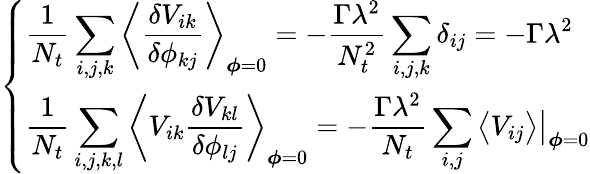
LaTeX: \left\{ \begin{array}{l}{\displaystyle\frac{1}{N_{t}}\sum_{i,j,k}\left\langle\frac{\delta V_{ik}}{\delta\phi_{kj}}\right\rangle_{\boldsymbol{\phi}=0}=-\frac{\Gamma\lambda^{2}}{N_{t}^{2}}\sum_{i,j,k}\delta_{ij}=-\Gamma\lambda^{2}}\\ {\displaystyle\frac{1}{N_{t}}\sum_{i,j,k,l}\left\langle V_{ik}\frac{\delta V_{kl}}{\delta\phi_{lj}}\right\rangle_{\boldsymbol{\phi}=0}=-\frac{\Gamma\lambda^{2}}{N_{t}}\sum_{i,j}\big\langle V_{ij}\big\rangle\big|_{\boldsymbol{\phi}=0}}\end{array}\right.